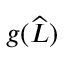
g ( \widehat { L } )